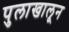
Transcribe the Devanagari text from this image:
पुलाखालून